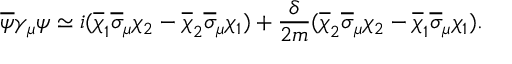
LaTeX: \overline { { { \psi } } } \gamma _ { \mu } \psi \simeq i ( \overline { { { \chi } } } _ { 1 } \overline { { { \sigma } } } _ { \mu } \chi _ { 2 } - \overline { { { \chi } } } _ { 2 } \overline { { { \sigma } } } _ { \mu } \chi _ { 1 } ) + { \frac { \delta } { 2 m } } ( \overline { { { \chi } } } _ { 2 } \overline { { { \sigma } } } _ { \mu } \chi _ { 2 } - \overline { { { \chi } } } _ { 1 } \overline { { { \sigma } } } _ { \mu } \chi _ { 1 } ) .